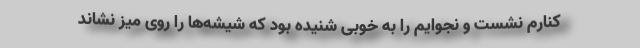
کنارم نشست و نجوایم را به خوبی شنیده بود که شیشه‌ها را روی میز نشاند